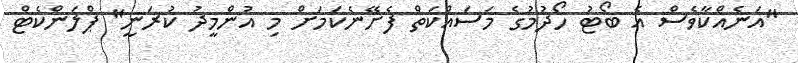
"އަނެއްކާވެސް އެ ބޯޓު ހޯދުމުގެ މަސައްކަތް ފެށޭނެކަމަށް މި އުންމީދު ކުރަނީ" ޕްލަންކެޓް